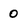
Character: 0